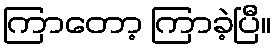
ကြာတော့ ကြာခဲ့ပြီ။